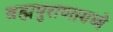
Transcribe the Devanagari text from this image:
ब्रह्मपुराणामध्ये